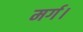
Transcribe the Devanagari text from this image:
मर्ग।